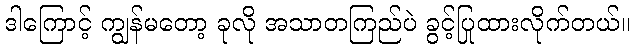
ဒါကြောင့် ကျွန်မတော့ ခုလို အသာတကြည်ပဲ ခွင့်ပြုထားလိုက်တယ်။